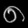
Digit: ၈